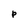
Character: P